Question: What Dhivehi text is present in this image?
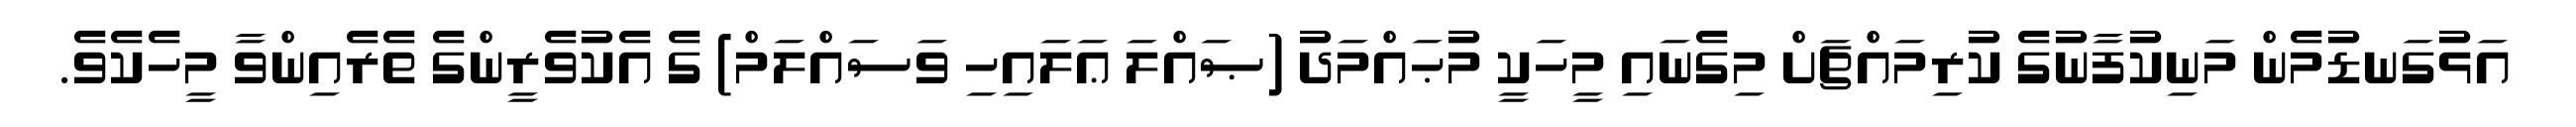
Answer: އަޅުގަނޑުމެން މަނިކުފާނުގެ ކުރިމައްޗަށް މިގެނައި މީހަކީ މުޙައްމަދު (ޞައްލަ ޢަލައިހި ވަސައްލަމް) ގެ އެކުވެރީންގެ ތެރެއިންވާ މީހެކެވެ.